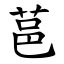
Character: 䓃